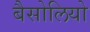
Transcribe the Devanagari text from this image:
बैसोलियो